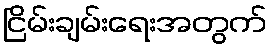
ငြိမ်းချမ်းရေးအတွက်